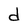
Character: d